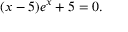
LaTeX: ( x - 5 ) e ^ { x } + 5 = 0 .